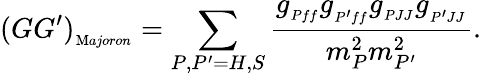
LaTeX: (GG^{\prime})_{{}_{{\mathrm Majoron}}}=\sum_{P,P^{\prime}=H,S}{{\frac{g_{{}_{Pff}}g_{{}_{P^{\prime}ff}}g_{{}_{PJJ}}g_{{}_{P^{\prime}JJ}}}{m_{P}^{2}m_{P^{\prime}}^{2}}}}.